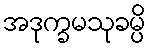
အဒုက္ခမသုခမ္ပိ